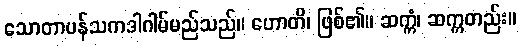
သောတာပန်သကဒါဂါမ်မည်သည်။ ဟောတိ၊ ဖြစ်၏။ ဆက္ကံ၊ ဆက္ကတည်း။